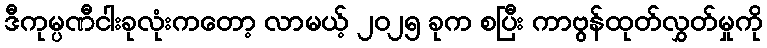
ဒီကုမ္ပဏီငါးခုလုံးကတော့ လာမယ့် ၂၀၂၅ ခုက စပြီး ကာဗွန်ထုတ်လွှတ်မှုကို